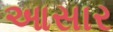
આસાર